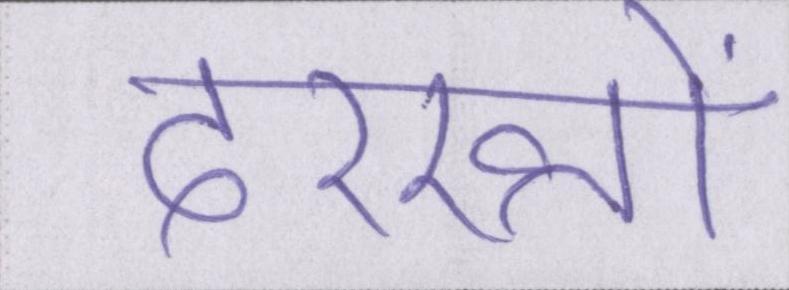
दरख्तों